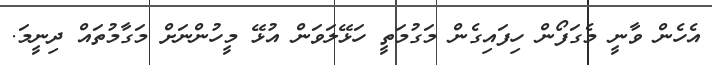
އެހެން ވާނީ މެގަފޯން ހިފައިގެން މަގުމަތީ ހަޅޭލަވަން އުޅޭ މީހުންނަށް މަގާމުތައް ދިނީމަ.